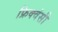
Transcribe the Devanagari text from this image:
फ्रिक्वंसी